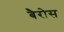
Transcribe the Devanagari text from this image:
बैरोस